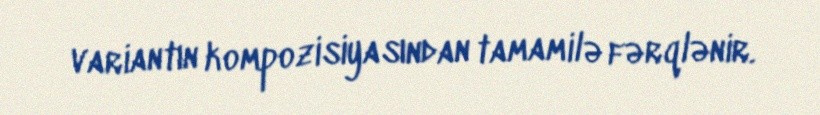
variantın kompozisiyasından tamamilə fərqlənir.